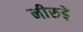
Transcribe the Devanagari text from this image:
नीरुड़े